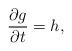
LaTeX: \begin{align*}\frac{\partial g}{\partial t}=h,\end{align*}